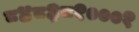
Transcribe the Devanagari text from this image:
८४८३८१०००१